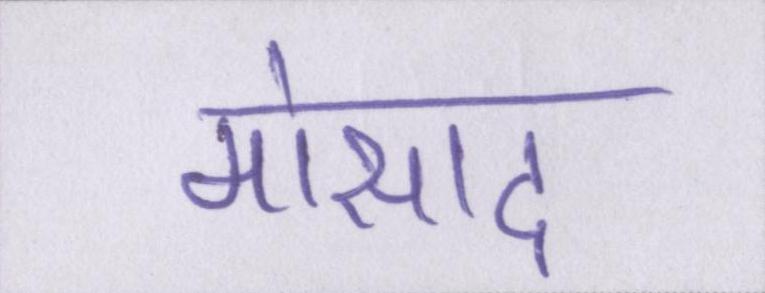
मोसाद